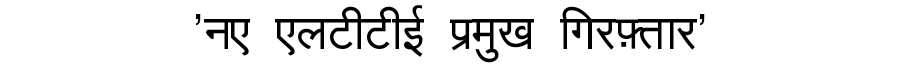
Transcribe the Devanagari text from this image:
'नए एलटीटीई प्रमुख गिरफ़्तार'